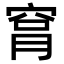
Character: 𥥾